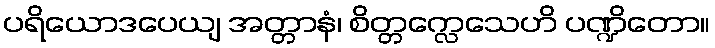
ပရိယောဒပေယျ အတ္တာနံ၊ စိတ္တက္လေသေဟိ ပဏ္ဍိတော။